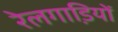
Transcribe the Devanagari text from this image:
रेलगाडि़यों